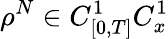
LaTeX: \rho^{N}\in C_{[0,T]}^{1}C_{x}^{1}